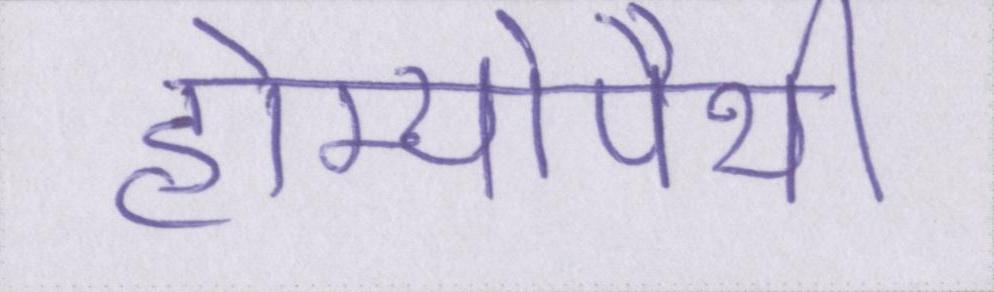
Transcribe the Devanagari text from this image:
होम्योपैथी